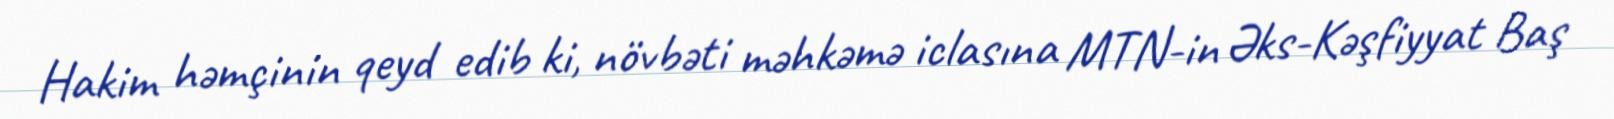
Hakim həmçinin qeyd edib ki, növbəti məhkəmə iclasına MTN-in Əks-Kəşfiyyat Baş